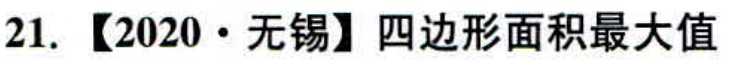
21. 【2020·无锡】四边形面积最大值